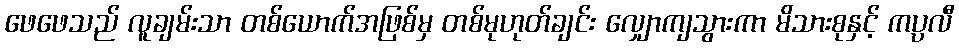
ဖေဖေသည် လူချမ်းသာ တစ်ယောက်အဖြစ်မှ တစ်မုဟုတ်ချင်း လျှောကျသွားကာ မိသားစုနှင့် ကပ္ပလီ